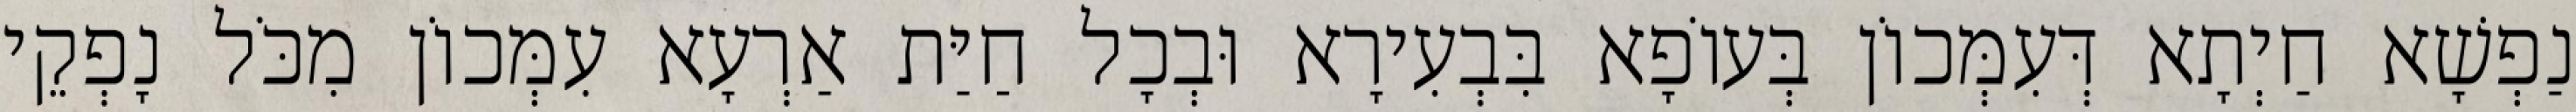
נַפְשָׁא חַיְתָא דְּעִמְּכוֹן בְּעוֹפָא בִּבְעִירָא וּבְכָל חַיַּת אַרְעָא עִמְּכוֹן מִכֹּל נָפְקֵי